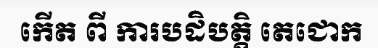
កើត ពី ការបដិបត្តិ តេជោក